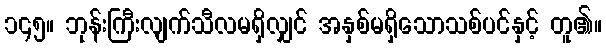
၁၄၅။ ဘုန်းကြီးလျက်သီလမရှိလျှင် အနှစ်မရှိသောသစ်ပင်နှင့် တူ၏။